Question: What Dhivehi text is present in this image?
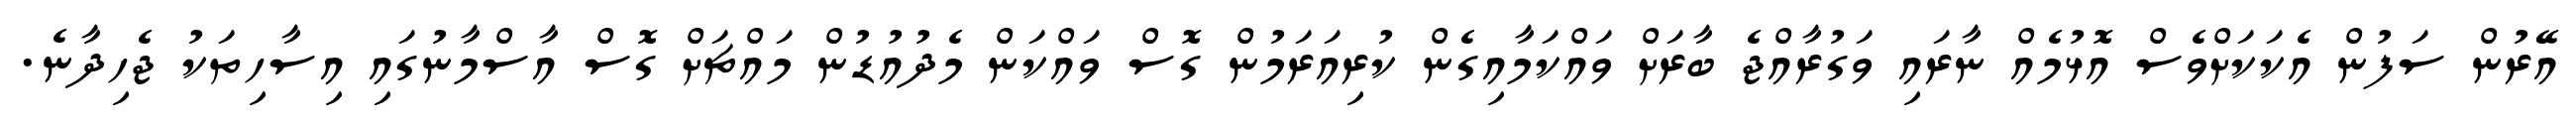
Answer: އޭރުން ސަފުން އެކަކަށްވެސް އޮޅުމެއް ނާރައި ވަގުރާއްޖެ ބާރަށް ވައްކަމާއިގެން ކުރިއަރަމުން ގޮސް ވައްކަން މެދުއުޑުން މައްޗަށް ގޮސް އާސްމާނުގައި އިސާހިތަކު ޖެހިދާނެ.